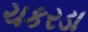
ચકરડા